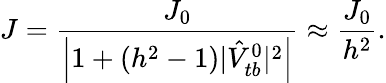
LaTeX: J=\frac{J_{0}}{\left|1+(h^{2}-1)|\hat{V}_{tb}^{0}|^{2}\right|}\approx\frac{J_{0}}{h^{2}}.